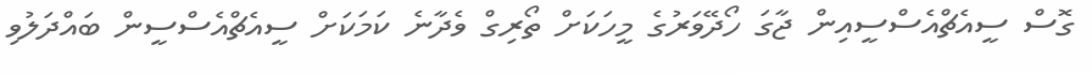
ގޮސް ސީއެޗްއެސްސީއިން ޖާގަ ހޯދޭވަރުގެ މީހަކަށް ތޯރިގް ވެދާނެ ކަމަކަށް ސީއެޗްއެސްސީން ބައްދަލުވި